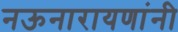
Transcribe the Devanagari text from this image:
नऊनारायणांनी